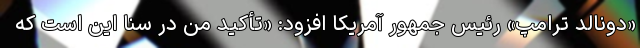
«دونالد ترامپ» رئیس جمهور آمریکا افزود: «تأکید من در سنا این است که